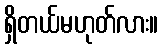
ရှိတယ်မဟုတ်လား။